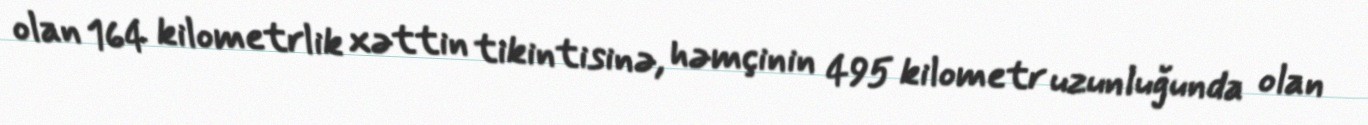
olan 164 kilometrlik xəttin tikintisinə, həmçinin 495 kilometr uzunluğunda olan